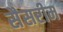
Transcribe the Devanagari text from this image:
सैसरीम